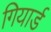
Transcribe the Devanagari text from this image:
गियार्ड